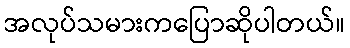
အလုပ်သမားကပြောဆိုပါတယ်။